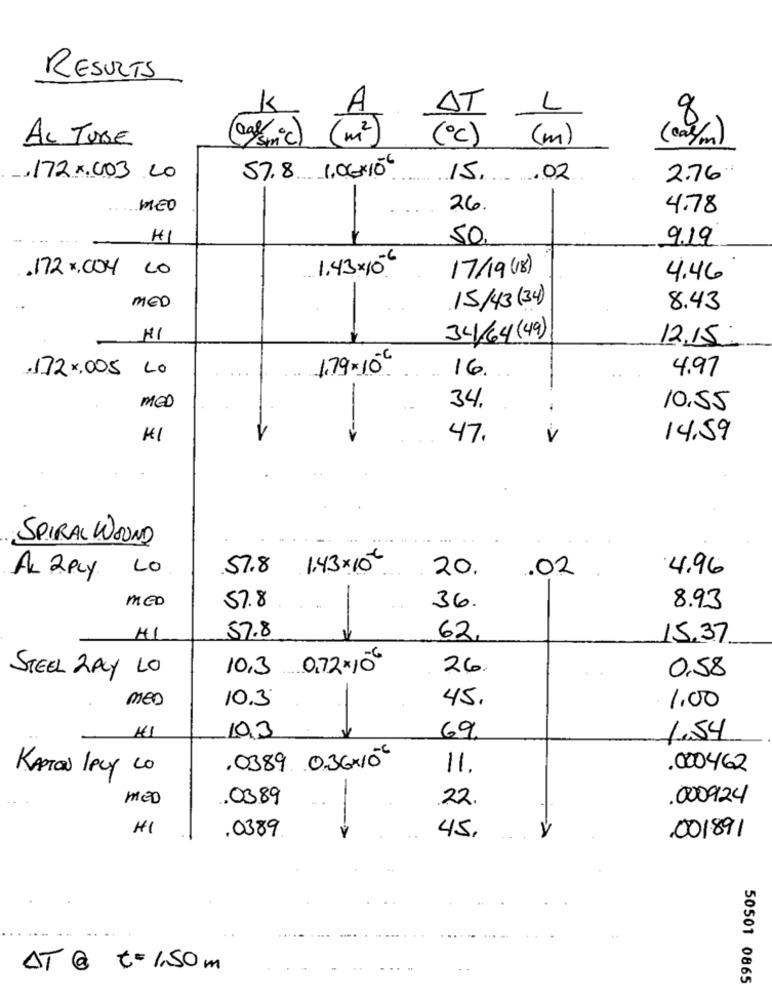
RESULTS
K
8
AT L
(ami ) ( m2 )
(ºc) (m)
(cas/ m)
AL TUBE
57.8 .. 1.06 x10€
,172X.003 20
15 .02
2.76.
MED
26.
4.78
50,
9.19
1.43x 10€
17/19 (18)
.172 x, COY LO
4.46
MED
£
15/43 (34)
8.43
HI
34/64(49)
12.15
.172×,005 LO
1.79x10€
16.
4.97
MED
34.
10.55
47.
14.59
SPIRAL WOUND
LO
57.8 1.43x10€
20.
.02
4.96
AL 2 PLY
MED
57.8
36.
8.93
41
57.8
62,
15.37
STEEL ZALY LO
10,3 0.72×106
26.
0,58
K
MED
10.3
45.
1.00
103
69.
1.54
KARTON LACY CO
.0389 0.36×10-€
11.
. 000462
MED
. 0389
22.
.000924
HI
. 0389
45,
-- >
.001891
AT @ t=1,50m
50501 0865